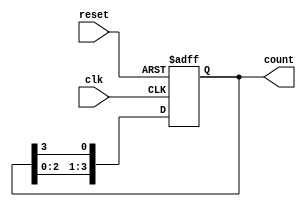
module ring_counter (
    input wire clk,          // Clock input
    input wire reset,        // Asynchronous reset input
    output reg [3:0] count   // 4-bit output representing the state of the counter
);

// Initial state of the counter
initial begin
    count = 4'b0001; // Initialize to a known state (0001)
end

// Sequential logic for the ring counter
always @(posedge clk or posedge reset) begin
    if (reset) begin
        count <= 4'b0001; // Reset the counter
    end else begin
        // Circular shift to the left
        count <= {count[2:0], count[3]}; // Shift left and wrap around
    end
end

endmodule